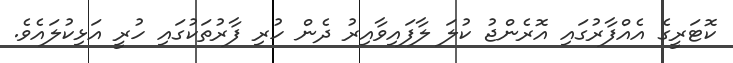
ކޮޓަރީގެ އެއްފާރުގައި އޮރެންޖު ކުލަ ލާފައިވާއިރު ދެން ހުރި ފާރުތަކުގައި ހުރީ އަޅިކުލައެވެ.